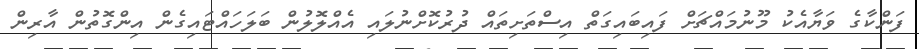
ފަންކާގެ ވަޔާއެކު މޫނުމައްޗަށް ފައިބައިގަތް އިސްތަށިތައް ދުރުކޮށްނުލައި އެއްލޮލުން ބަލަހައްޓައިގެން އިންގޮތުން އާރިން